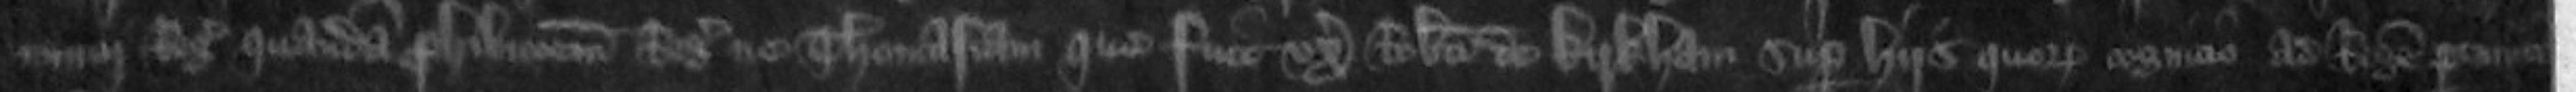
nuncii Regis quandam prohibitionem Regis ne Thomasiam que fuit uxoris Roberti de Kyrkham super hiis quorum cognicio ad Regem pertinuit